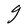
Character: g